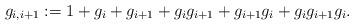
LaTeX: \begin{align*}g_{i,i+1}:= 1+ g_i + g_{i+1} +g_i g_{i+1} + g_{i+1} g_i + g_i g_{i+1} g_i.\end{align*}